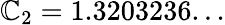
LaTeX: \mathbb{C}_{2}=1.3203236...